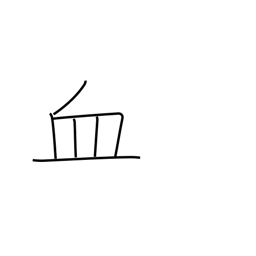
Meaning: blood